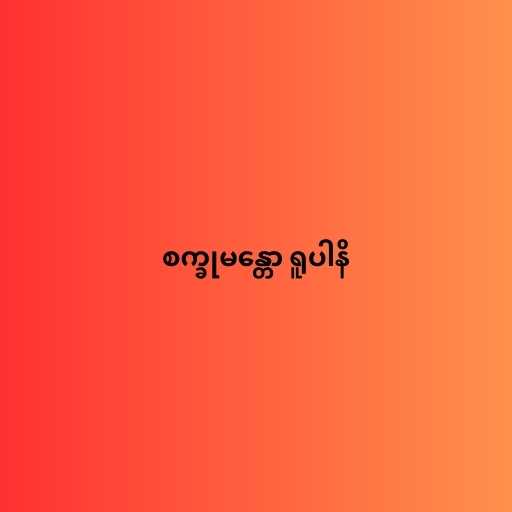
စက္ခုမန္တော ရူပါနိ